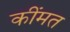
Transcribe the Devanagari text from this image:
कींमत